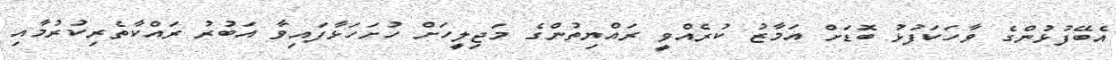
އެބޭފުޅުންގެ ވާހަކަފުޅު ބޮޑަށް އަމާޒު ކުރެއްވީ ރައްޔިތުންގެ މަޖިލީހަށް ހުށަހަޅާފައިވާ އަބުރު ރައްކާތެރިކުރުމާއި